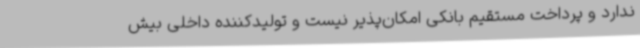
ندارد و پرداخت مستقیم بانکی امکان‌پذیر نیست و تولیدکننده داخلی بیش